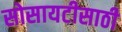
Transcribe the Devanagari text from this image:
सोसायटीसाठी